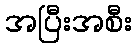
အပြီးအစီး